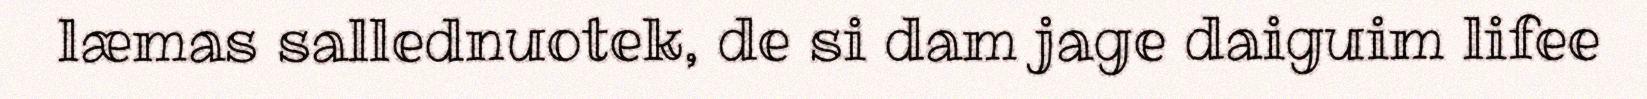
læmas sallednuotek, de si dam jage daiguim lifee